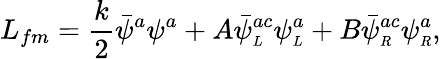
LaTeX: L_{fm}=\frac{k}{2}\bar{\psi}^{a}\psi^{a}+A\bar{\psi}_{\scriptscriptstyle L}^{ac}\psi_{\scriptscriptstyle L}^{a}+B\bar{\psi}_{\scriptscriptstyle R}^{ac}\psi_{\scriptscriptstyle R}^{a},